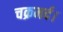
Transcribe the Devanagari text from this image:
चक्रमर्द।